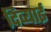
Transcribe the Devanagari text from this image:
दिव्याई